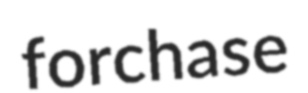
forchase